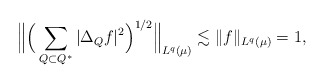
\begin{align*}\Big\| \Big(\sum_{Q \subset Q^*} |\Delta_Q f|^2 \Big)^{1/2} \Big\|_{L^q(\mu)} \lesssim \|f\|_{L^q(\mu)} = 1, \end{align*}